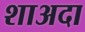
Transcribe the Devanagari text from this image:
शाअदा